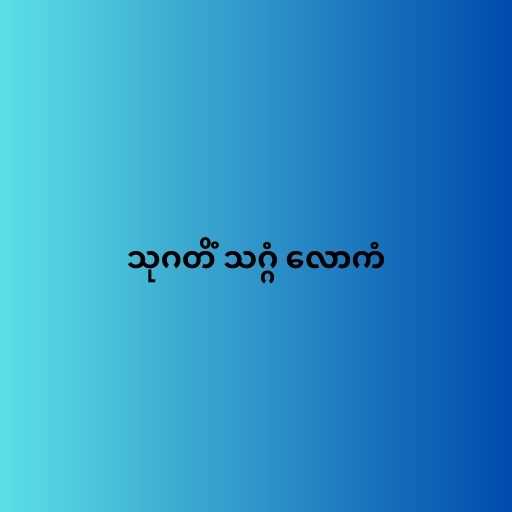
သုဂတိံ သဂ္ဂံ လောကံ